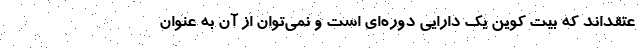
عتقد‌اند که بیت کوین یک دارایی دوره‌ای است و نمی‌توان از آن به عنوان